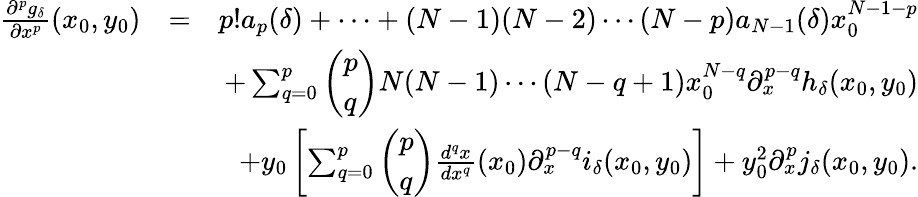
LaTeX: \begin{array}{rlr}{\frac{\partial^{p}g_{\delta}}{\partial x^{p}}(x_{0},y_{0})}&{=}&{p!a_{p}(\delta)+\cdots+(N-1)(N-2)\cdots(N-p)a_{N-1}(\delta)x_{0}^{N-1-p}}\\ &{}&{+\sum_{q=0}^{p}\left(\begin{array}{l}{p}\\ {q}\end{array}\right)N(N-1)\cdots(N-q+1)x_{0}^{N-q}\partial_{x}^{p-q}h_{\delta}(x_{0},y_{0})}\\ &{}&{+y_{0}\left[\sum_{q=0}^{p}\left(\begin{array}{l}{p}\\ {q}\end{array}\right)\frac{d^{q}x}{dx^{q}}(x_{0})\partial_{x}^{p-q}i_{\delta}(x_{0},y_{0})\right]+y_{0}^{2}\partial_{x}^{p}j_{\delta}(x_{0},y_{0}).}\end{array}